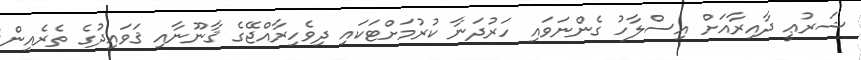
ޝަރުޢީ ދާއިރާއަށް އިސްލާހު ގެންނަވައި ހަރުދަނާ ކުރުމަށްޓަކައި ދިވެހިރާއްޖޭގެ ޤާނޫނާއި ޤަވައިދުގެ ތެރެއިން